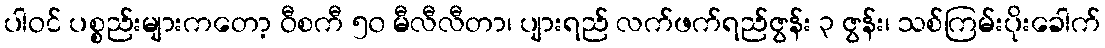
ပါဝင် ပစ္စည်းများကတော့ ဝီစကီ ၅၀ မီလီလီတာ၊ ပျားရည် လက်ဖက်ရည်ဇွန်း ၃ ဇွန်း၊ သစ်ကြမ်းပိုးခေါက်